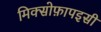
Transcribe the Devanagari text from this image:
मिक्सोफ़ापइसी